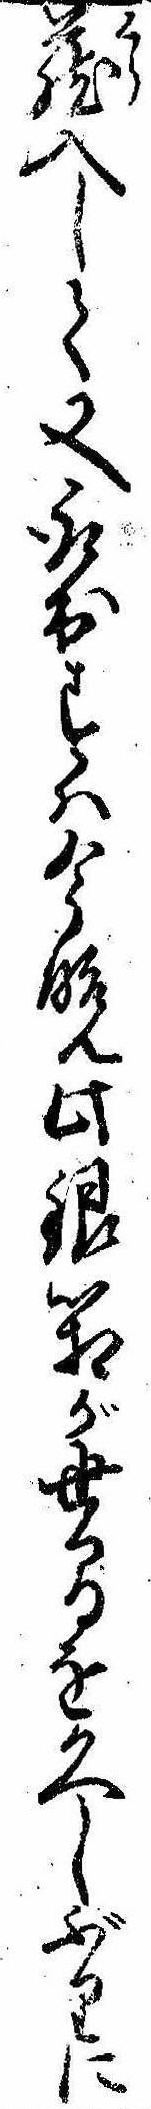
蔵入して又取出すは今晩此銀箱が世間を久しぶりに